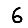
Digit: 6